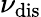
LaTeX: \nu_{\mathrm{dis}}